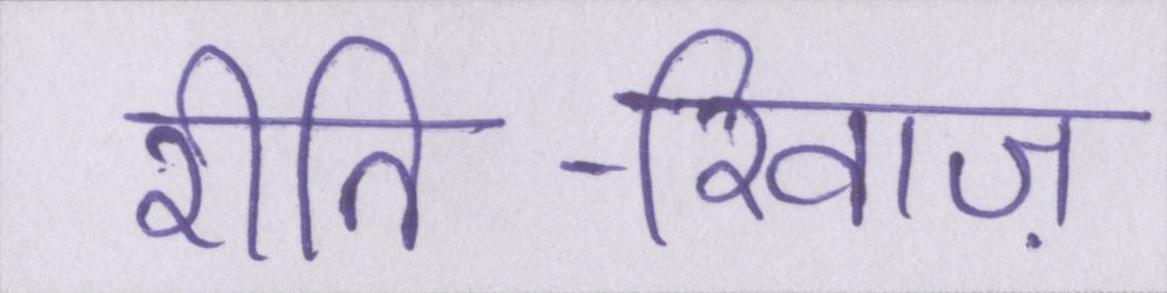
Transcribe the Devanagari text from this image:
रीति-रिवाज़